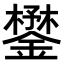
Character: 𨬮